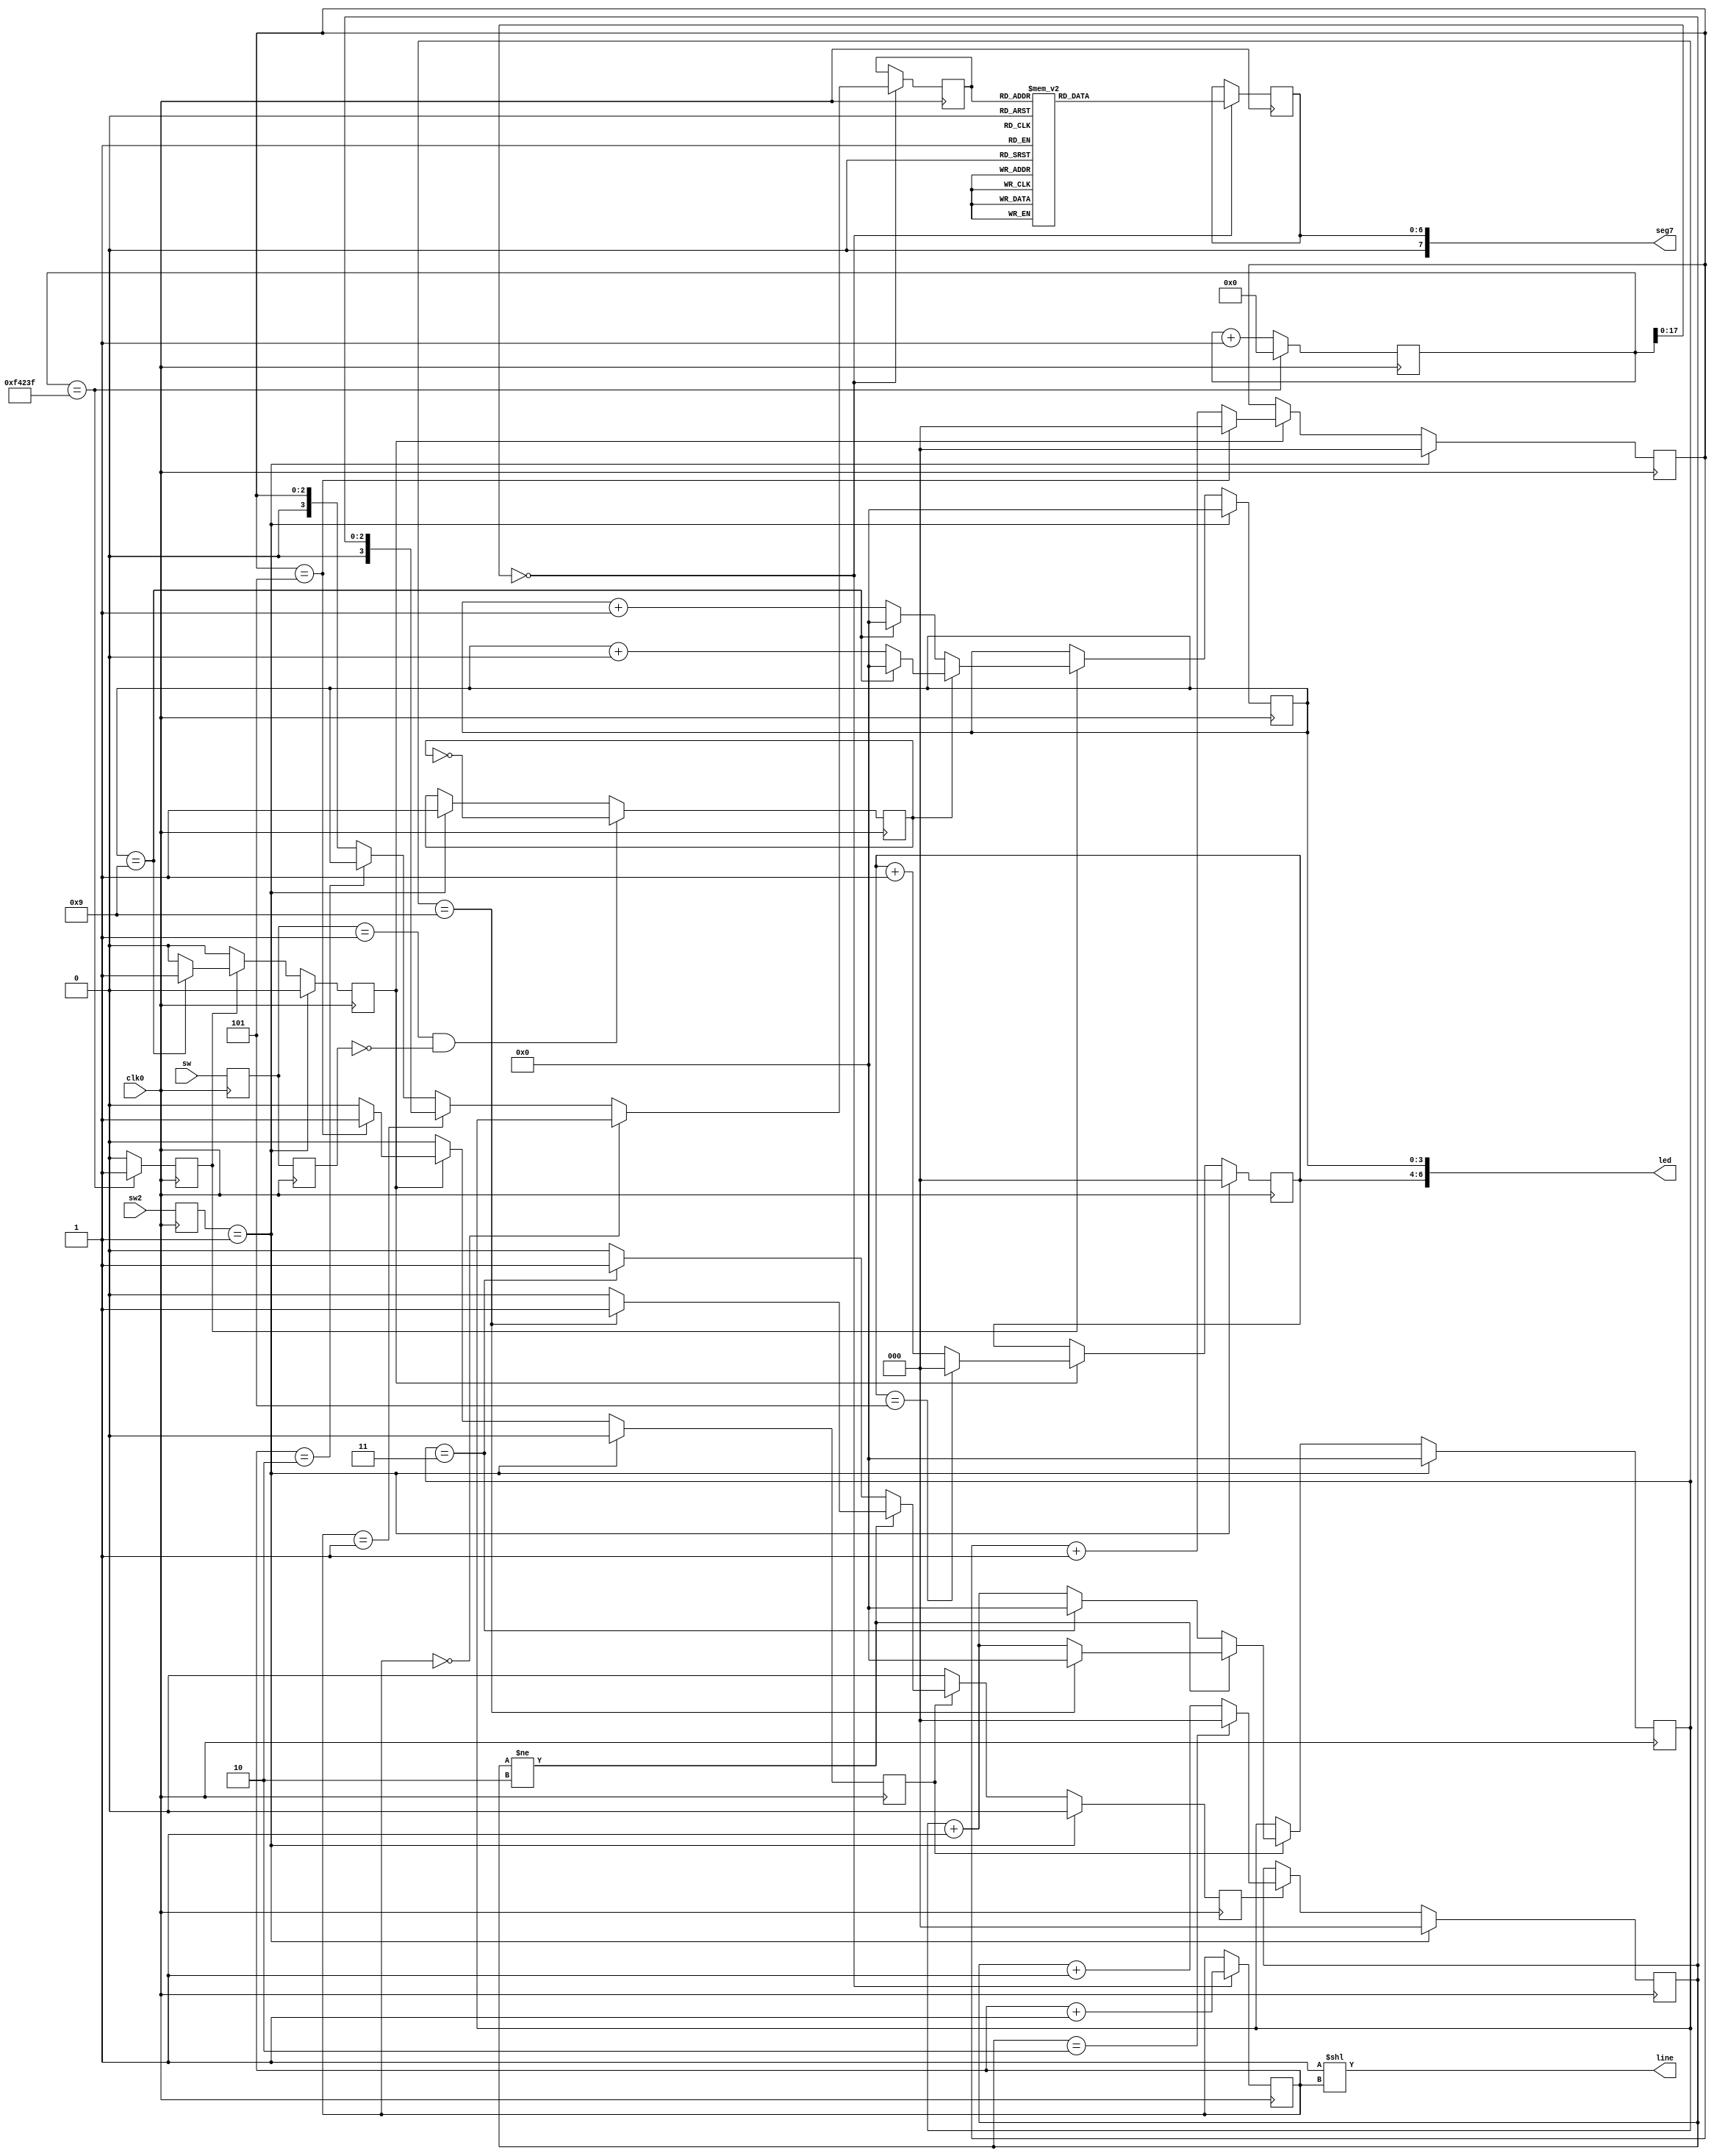
module seg7_drive(
	input wire  clk0,
	input wire[1:0] sw, //JE^Xgbvp̃XCb`
	input wire[1:0] sw2, //JE^Zbgp̃XCb`
	output wire [7:0] seg7,
	output wire [3:0] line,
	output wire [6:0] led
);
	assign line = 4'b0001<<ab; //点7ZO1I
	assign led = { 1'b0, count6, count10 };
	assign seg7 = { 1'b0, disp };

	// \
	reg[6:0] disp=7'b0;
	reg[3:0] x;
	reg[1:0] ab=2'b0;
	always @( posedge clk0 )begin	
		if(c[17:0] == 0)begin
			if(ab == 2'b00)begin
				x <= count_10min; //3
			end
			else if(ab == 2'b01)begin
				x <= count_1hour; //4
			end
			else if(ab == 2'b10)begin
				x <= count10; //2
			end
			else begin
				x <= count_1min; //1
			end
			
			ab <= ab+1'b1; //abCNg

			case(x)
				4'b0000 : disp <= 7'b0111111; //0
				4'b0001 : disp <= 7'b0000110; //1
				4'b0010 : disp <= 7'b1011011; //2
				4'b0011 : disp <= 7'b1001111; //3
				4'b0100 : disp <= 7'b1100110; //4
				4'b0101 : disp <= 7'b1101101; //5
				4'b0110 : disp <= 7'b1111101; //6
				4'b0111 : disp <= 7'b0100111; //7
				4'b1000 : disp <= 7'b1111111; //8
				4'b1001 : disp <= 7'b1101111; //9
				default : disp <= 7'b0000000;
			endcase
		end
	end

	// 1b NEW
 	reg[26:0] c=27'b0;
 	reg sec_enable=1'b0;
 	always @( posedge clk0 )begin
 		c <= ( c==27'd999999 )?1'b0:(c+1'b1);
 		sec_enable <= ( c==27'd999999 )?1'b1:1'b0;
 	end 
	
	// 10iJE^ 0~9b
	reg[3:0] count10 = 4'b0;
	reg sec10_enable = 1'b0;
	always @(posedge clk0) begin
		if(sec_enable)begin
			if(flug == 2'b0)begin //Ē~XCb`ĂȂȂ綳
				count10 <= (count10==4'd9) ? 1'b0 : (count10+1'b1);
			end
			else begin //JEg~XCb`ꂽJEg~
				count10 <= (count10==4'd9) ? 1'b0 : (count10+1'b0);
			end
			sec10_enable <= (count10==4'd9)? 1'b1 : 1'b0;
		end
		else begin
			sec10_enable <= 1'b0;
		end

		//7ZOg1ڃJEgZbg
		if(sw_value2==2'b01)begin
			count10 <= 1'b0;
			sec10_enable <= 1'b0;
		end
		
	end

	// 6iJE^
 	reg[2:0] count6=3'b0;
 	always @( posedge clk0 ) begin
 		if( sec10_enable )begin
			count6 <= (count6==3'd5)?1'b0:(count6+1'b1);
		end
		
		if(sw_value2==2'b01)begin
			count6 <= 1'b0;
		end
	end
	
	// 1JE^ 
	reg[2:0] count_1min = 3'b0;
	reg min_enable = 1'b0;
	always @(posedge clk0) begin
		if(sec10_enable)begin
			count_1min <= (count_1min==4'd5) ? 1'b0 : (count_1min+1'b1);
			min_enable <= (count_1min==4'd5) ? 1'b1 : 1'b0;
		end
		else begin
			min_enable <= 1'b0;
		end
		
		//7ZOg2ڃJEgZbg
		if(sw_value2==2'b01)begin
			count_1min <= 1'b0;
			min_enable <= 1'b0;
		end
	end
	
	// 10JE^
	reg[3:0] count_10min = 4'b0;
	reg ten_min_enable = 1'b0;
	always @(posedge clk0) begin
		if(min_enable)begin
			//count_top0C1count_10hour0`9܂ł10iJE^
			if(count_1hour != 4'd2)begin
				count_10min <= (count_10min==4'd9) ? 1'b0 : (count_10min + 1'b1);
				ten_min_enable <= (count_10min==4'd9) ? 1'b1 : 1'b0;
			end
			//count_top2count_10hour0`3܂ł4iJE^
			else begin
				count_10min <= (count_10min==4'd3) ? 1'b0 : (count_10min + 1'b1);
				ten_min_enable <= (count_10min==4'd3) ? 1'b1 : 1'b0;
			end
		end
		else begin
			ten_min_enable <= 1'b0;
		end
	
		//7ZOg3ڃJEgZbg
		if(sw_value2==2'b01)begin
			count_10min <= 1'b0;
			ten_min_enable <= 1'b0;
		end
		
	end
	
	// 106iJE^ -> 1Ԃ쐬
	reg[2:0] count_1hour = 3'b0;
	//reg hour_enable = 1'b0;
	always @(posedge clk0) begin
		if(ten_min_enable)begin
			count_1hour <= (count_1hour==4'd2) ? 1'b0 : (count_1hour+1'b1);
			//hour_enable <= (count_1hour==4'd5) ? 1'b1 : 1'b0;
		end
		
		//7ZOg4ڃJEgZbg
		if(sw_value2==2'b01)begin
			count_1hour <= 1'b0;
			//hour_enable <= 1'b0;
		end
		
	end

	//XCb`̃`FbNp̃[v
	reg[1:0] sw_value = 2'b0;
	reg[1:0] sw_value2 = 2'b0;
	reg[1:0] sw_value_old = 2'b0;
	reg flug = 1'b0;
	always @(posedge clk0) begin
		sw_value <= sw[1:0]; //JEg~XCb`ǂݍ
		sw_value2 <= sw2[1:0]; //JEgZbgXCb`ǂݍ
		
		if(sw_value2 == 2'b01)begin
			//ZbgXCb`ꂽJEg~
			flug <= 1'b1;
		end

		if(sw_value==2'b01 && sw_value_old==2'b0) begin
			//JEg~XCb`CO̒l0Ȃflug𔽓]
			flug <= ~flug; //OFF->ON->OFFJԂ
		end

		//VJEg~XCb`̏sw_value_oldɑ
		sw_value_old <= sw_value;
	end
endmodule